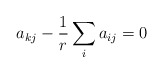
\begin{align*}a_{kj} - \frac{1}{r} \sum_{i} a_{ij} = 0\end{align*}